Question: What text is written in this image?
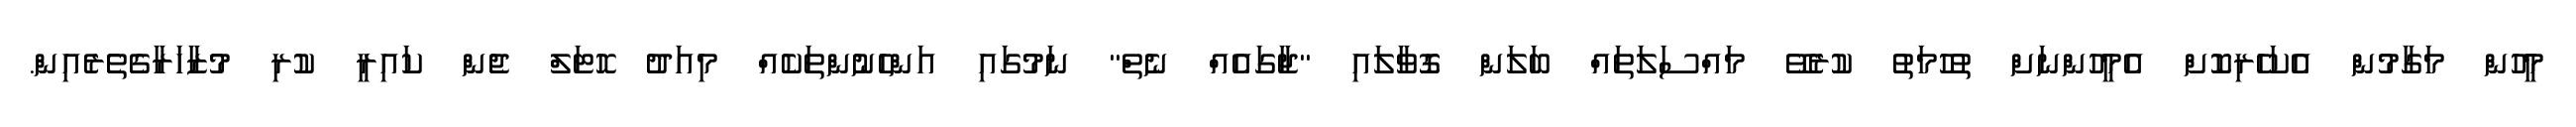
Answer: މީހުން މަގާމުން އެކަހެރިކޮށް އެމީހުންނަށް ތުހުމަތު ކުރެވޭ މައްސަލަތައް ބަލަން ގޮވާލައި "ޖާގައެއް ނެތް" ނަމުގައި އަންހެނުންތަކެއް މިއަދު ހޮޓަލް ޖެން ކައިރީ ކުރި މުޒާހަރާގެތެރެއިން.